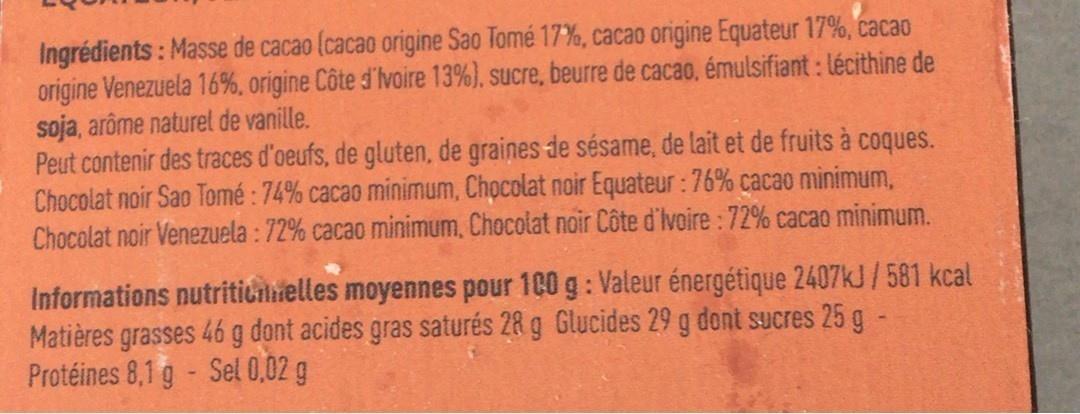
Ingrédients: Masse de cacao (cacao origine Sao Tomé 17%, cacao origine Equateur 17%, cacao origine Venezuela 16%, origine Côte d'Ivoire 13%). sucre, beurre de cacao, émulsifiant : lécithine de soja, arôme naturet de vanille. Peut contenir des traces d'oeufs, de gluten, de graines de sésame, de lait et de fruits à coques. Chocolat noir Sao Tomé : 74% cacao minimum, Chocolat noir Equateur: 76% cacao nminimum, Chocolat noir Venezuela : 72% cacao minimum, Chocolat noir Côte d'Ivoire: 72% cacao minimum.
Informations nutriticnielles moyennes pour 10 g: Valeur énergétique 2407KJ/581 kcal Matières grasses 46 g dont acides gras saturés 28 g Glucides 29 g dont sucres 25 g Protéines 8,1 g- Sel 0,02 g